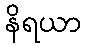
နိရယာ